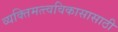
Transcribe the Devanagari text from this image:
व्यक्तिमत्त्वविकासासाठी